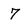
Character: 7